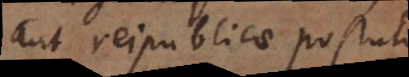
aut reipublicae postulo,